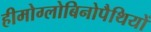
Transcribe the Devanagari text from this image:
हीमोग्लोबिनोपैथियों